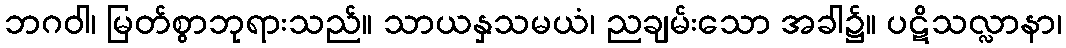
ဘဂဝါ၊ မြတ်စွာဘုရားသည်။ သာယနှသမယံ၊ ညချမ်းသော အခါ၌။ ပဋိသလ္လာနာ၊